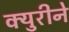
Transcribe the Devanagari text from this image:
क्युरीने